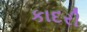
કાદરી